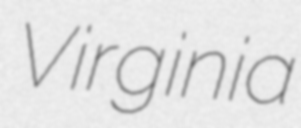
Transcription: Virginia